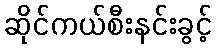
ဆိုင်ကယ်စီးနင်းခွင့်